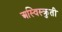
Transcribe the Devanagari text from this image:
अस्विस्क्रुती